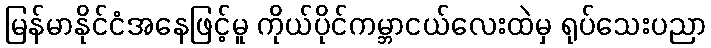
မြန်မာနိုင်ငံအနေဖြင့်မူ ကိုယ်ပိုင်ကမ္ဘာငယ်လေးထဲမှ ရုပ်သေးပညာ